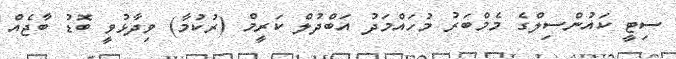
ސިޓީ ކައުންސިލްގެ މެމްބަރު މުހައްމަދު އަބްދުލް ކަރީމް (ރުކުމާ) ވިދާޅުވީ ބޮޑު ބާޖެއް